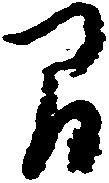
間